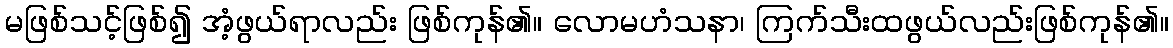
မဖြစ်သင့်ဖြစ်၍ အံ့ဖွယ်ရာလည်း ဖြစ်ကုန်၏။ လောမဟံသနာ၊ ကြက်သီးထဖွယ်လည်းဖြစ်ကုန်၏။